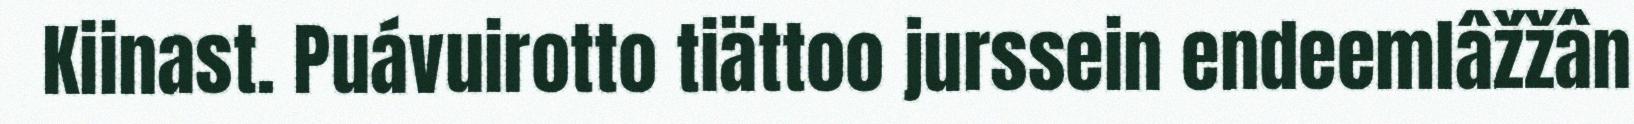
Kiinast. Puávuirotto tiättoo jurssein endeemlâžžân